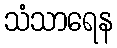
သံသာရေန